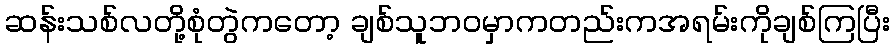
ဆန်းသစ်လတို့စုံတွဲကတော့ ချစ်သူဘဝမှာကတည်းကအရမ်းကိုချစ်ကြပြီး